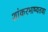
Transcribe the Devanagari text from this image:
शांकरभाष्यतथा